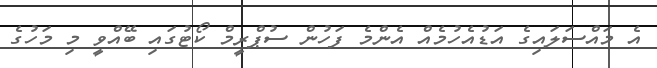
އެ މައްސަލައިގެ އަޑުއެހުމެއް އެންމެ ފަހުން ސުޕްރީމް ކޯޓުގައި ބޭއްވީ މި މަހުގެ